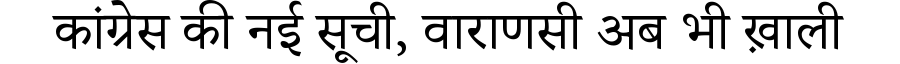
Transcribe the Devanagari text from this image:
कांग्रेस की नई सूची, वाराणसी अब भी ख़ाली